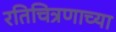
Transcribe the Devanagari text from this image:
रतिचित्रणाच्या